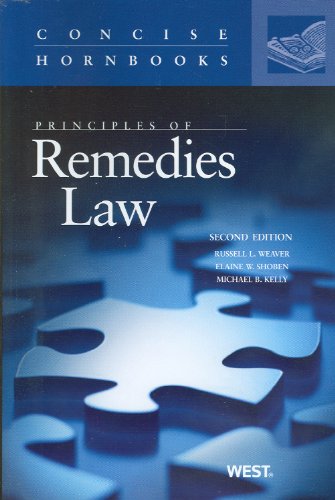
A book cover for Principles of Remedies Law (Concise Hornbook Series); Russell Weaver; Law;